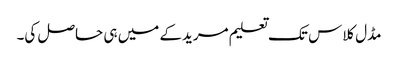
مڈل کلاس تک تعلیم مریدکے میں ہی حاصل کی۔